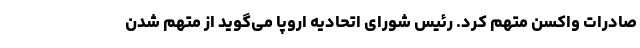
صادرات واکسن متهم کرد. رئیس شورای اتحادیه اروپا می‌گوید از متهم شدن